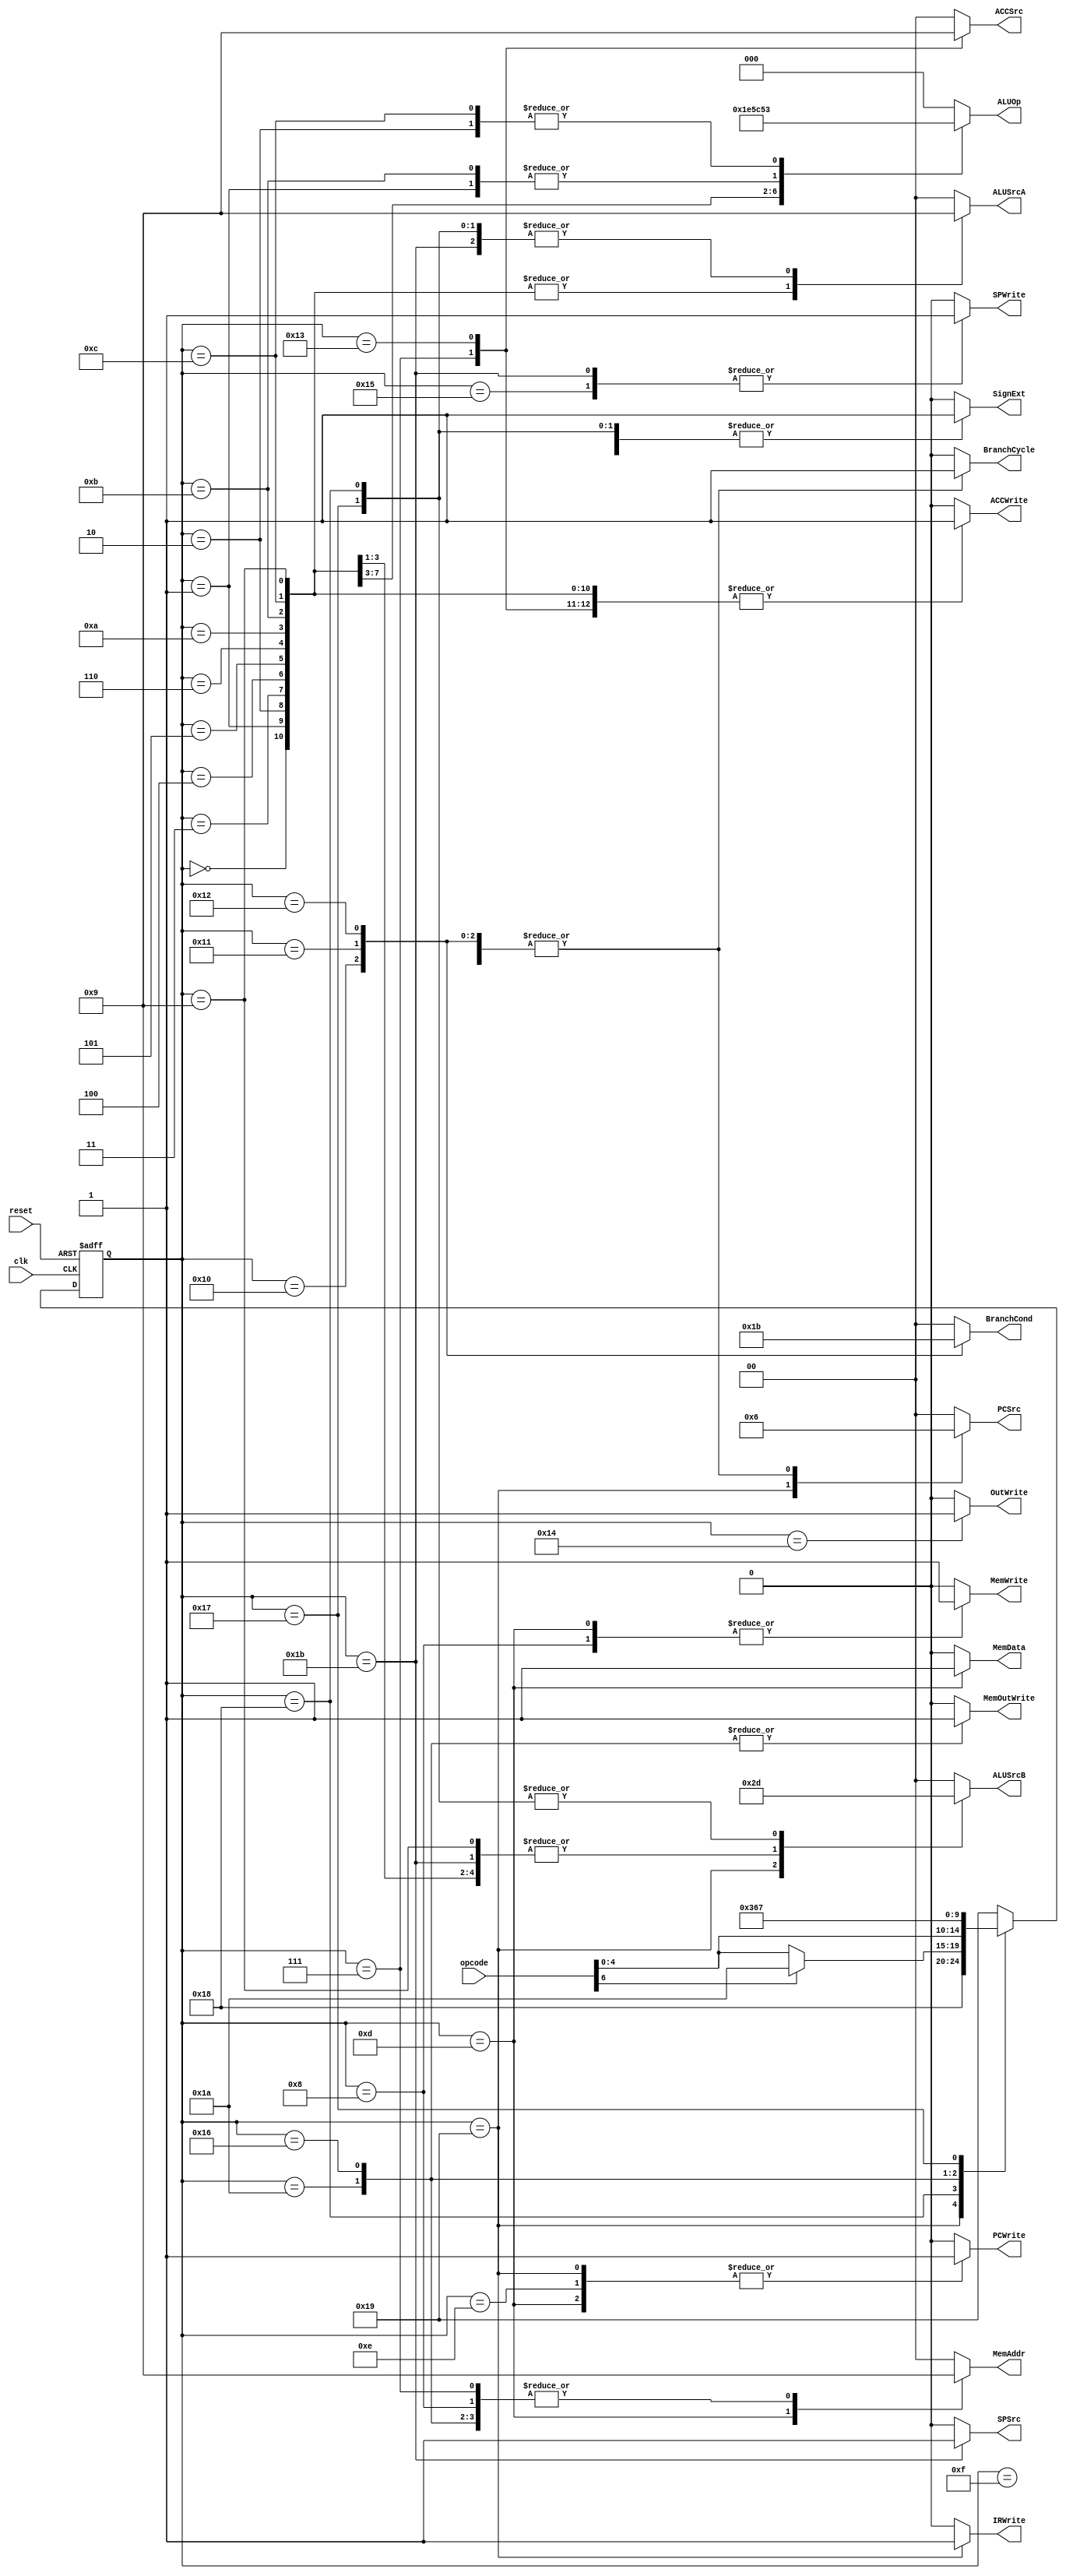
`timescale 1ns / 1ps
//////////////////////////////////////////////////////////////////////////////////
// Company: 
// Engineer: 
// 
// Design Name: 
// Module Name:    Control 
// Project Name: 
// Target Devices: 
// Tool versions: 
// Description: 
//
// Dependencies: 
//
// Revision: 
// Revision 0.01 - File Created
// Additional Comments: 
//
//////////////////////////////////////////////////////////////////////////////////
module Control(
    input [7:0] opcode,
    input clk,
	 input reset,
	 output reg MemOutWrite,
	 output reg MemWrite,
	 output reg ACCWrite,
	 output reg SPWrite,
	 output reg SignExt,
	 output reg [1:0] ALUSrcA,
	 output reg [1:0] ALUSrcB,
	 output reg [1:0] PCSrc,
	 output reg PCWrite,
	 output reg [2:0] ALUOp,
	 output reg IRWrite,
	 output reg [1:0] ACCSrc,
	 output reg SPSrc,
	 output reg [1:0] BranchCond,
	 output reg BranchCycle,
	 output reg [1:0] MemAddr,
	 output reg MemData,
	 output reg OutWrite
    );
	 
	 
	 
	 parameter addi = 0;
	 parameter ori = 1;
	 parameter andi = 2;
	 parameter lui = 3;
	 parameter sli = 4;
	 parameter sri = 5;
	 parameter srai = 6;
	 parameter lw = 7;
	 parameter sw = 8;
	 parameter add = 9;
	 parameter sub = 10;
	 parameter Or = 11;
	 parameter And = 12;
	 parameter jal = 13;
	 parameter j = 14;
	 parameter bin = 15;
	 parameter bifz = 16;
	 parameter binz = 17;
	 parameter bip = 18;
	 parameter in = 19;
	 parameter out = 20;
	 parameter spi = 21;
	 parameter spc1 = 22;
	 parameter lwa1 = 23;
	 parameter Decode = 24;
	 parameter Fetch = 25;
	 parameter AddOrSubAnd = 26;
	 parameter spc2 = 27;
	 
	 reg [4:0] currentState;
	 reg [4:0] nextState;
	 
	 always @(posedge clk, posedge reset)
	 begin
        if (reset)
          currentState <= Fetch;
        else 
          currentState <= nextState;
     end
	  
	 always @ (currentState)
	 begin
	 MemOutWrite <= 'b0;
	 MemWrite <= 'b0;
	 ACCWrite <= 'b0;
	 IRWrite <= 'b0;
	 SPWrite <= 'b0;
	 PCWrite <= 'b0;
	 BranchCycle <= 'b0;
	 OutWrite <= 'b0;
	 ALUSrcA <= 0;
	 ALUSrcB <= 0;
	 ALUOp <=0;
	 PCSrc <= 0;
	 MemAddr<= 0;
	 MemData <= 0;
			SignExt <= 0;
			ACCSrc <= 0;
		SPSrc <= 0;
		BranchCond <= 0;
	 
		case(currentState)
		Fetch:
		begin
			PCWrite <= 'b1;
			ALUSrcA <= 'b00;
			ALUSrcB <= 'b10;
			ALUOp <= 'b000;
			PCSrc <= 'b01;
			IRWrite <= 'b1;
			MemAddr <= 'b00;
//			MemData <= 0;
//			SignExt <= 0;
//			ACCSrc <= 0;
//			SPSrc <= 0;
	//		BranchCond <= 0;
		end
		Decode:
		begin
			ALUSrcA <= 'b01;
			ALUSrcB <= 'b01;
			SignExt <= 'b1;
		end
		addi:
		begin
			ACCWrite <= 'b1;
			ACCSrc <= 'b00;
			ALUSrcA <= 'b10;
			ALUSrcB <= 'b00;
			SignExt <= 'b1;
			ALUOp <= 'b000;
		end
		ori:
		begin
			ACCWrite <= 'b1;
			ACCSrc <= 'b00;
			ALUSrcA <= 'b10;
			ALUSrcB <= 'b00;
			SignExt <= 'b0;
			ALUOp <= 'b010;
		end
		andi:
		begin
			ACCWrite <= 'b1;
			ACCSrc <= 'b00;
			ALUSrcA <= 'b10;
			ALUSrcB <= 'b00;
			SignExt <= 'b0;
			ALUOp <= 'b011;
		end
		lui:
		begin
			ACCWrite <= 'b1;
			ACCSrc <= 'b00;
			ALUSrcA <= 'b10;
			ALUSrcB <= 'b00;
			SignExt <= 'b0;
			ALUOp <= 'b111;//fix this later!!!
		end
		sli:
		begin
			ACCWrite <= 'b1;
			ACCSrc <= 'b00;
			ALUSrcA <= 'b10;
			ALUSrcB <= 'b00;
			SignExt <= 'b0;
			ALUOp <= 'b100;
		end
		sri:
		begin
			ACCWrite <= 'b1;
			ACCSrc <= 'b00;
			ALUSrcA <= 'b10;
			ALUSrcB <= 'b00;
			SignExt <= 'b0;
			ALUOp <= 'b101;
		end
		srai:
		begin
			ACCWrite <= 'b1;
			ACCSrc <= 'b00;
			ALUSrcA <= 'b10;
			ALUSrcB <= 'b00;
			SignExt <= 'b0;
			ALUOp <= 'b110;
		end
		lw:
		begin
			ACCWrite <= 'b1;
			ACCSrc <= 'b10;
			MemAddr <= 'b01;
		end
		sw:
		begin
			MemAddr <= 'b01;
			MemData <= 'b0;
			MemWrite <= 'b1;
		end
		AddOrSubAnd:
		begin
			MemOutWrite <= 'b1;
			MemAddr <= 'b01;
		end
		add:
		begin
			ACCWrite <= 'b1;
			ALUSrcA <= 'b10;
			ALUSrcB <= 'b11;
			ACCSrc <= 'b0;
			ALUOp <= 'b000;
		end
		sub:
		begin
			ACCWrite <= 'b1;
			ALUSrcA <= 'b10;
			ALUSrcB <= 'b11;
			ACCSrc <= 'b0;
			ALUOp <= 'b001;
		end
		Or:
		begin
			ACCWrite <= 'b1;
			ALUSrcA <= 'b10;
			ALUSrcB <= 'b11;
			ACCSrc <= 'b0;
			ALUOp <= 'b010;
		end
		And:
		begin
			ACCWrite <= 'b1;
			ALUSrcA <= 'b10;
			ALUSrcB <= 'b11;
			ACCSrc <= 'b0;
			ALUOp <= 'b011;
		end
		jal:
		begin
			PCWrite <= 'b1;
			PCSrc <= 'b00;
			MemData <= 'b1;
			MemWrite <= 'b1;
			MemAddr <= 'b10;
		end
		j:
		begin
			PCWrite <= 'b1;
			PCSrc <= 'b00;
		end
		bin:
		begin
			BranchCycle <= 'b1;
			PCSrc <= 'b10;
			BranchCond <= 'b00;
		end
		bifz:
		begin
			BranchCycle <= 'b1;
			PCSrc <= 'b10;
			BranchCond <= 'b01;
		end
		binz:
		begin
			BranchCycle <= 'b1;
			PCSrc <= 'b10;
			BranchCond <= 'b10;
		end
		bip:
		begin
			BranchCycle <= 'b1;
			PCSrc <= 'b10;
			BranchCond <= 'b11;
		end
		in:
		begin
			ACCWrite <= 'b1;
			ACCSrc <= 'b01;
		end
		out:
		begin
			OutWrite <= 'b1;
		end
		spi:
		begin
			SPWrite <= 'b1;
			SPSrc <= 'b0;
		end
		spc1:
		begin
			MemOutWrite <= 'b1;
			MemAddr <= 'b01;
		end
		spc2:
		begin
			SPSrc <= 'b1;
			ALUSrcA <= 'b01;
			ALUSrcB <= 'b11;
			SPWrite <= 'b1;
		end
		lwa1:
		begin
			ALUSrcA <= 'b01;
			ALUSrcB <= 'b01;
			SignExt <= 1;
		end
		default:
		begin
			
		end
		endcase
	end
	 
	  
	 always @ (currentState, nextState, opcode)
	 begin 
		case(currentState)
		Fetch:
			begin
				
				nextState <= Decode;
				
			end
		Decode:
			begin
			if(opcode[6])
				begin
					nextState <= AddOrSubAnd;
				end else begin
					nextState <= opcode[4:0];
				end
			end
		AddOrSubAnd:
			begin
				nextState <= opcode[4:0];
			end
		spc1:
			begin
				nextState <= spc2;
			end
		lwa1:
			begin
				nextState <= lw;
			end
		default:
			begin
				nextState <= Fetch;
			end
		endcase
	end
	


endmodule